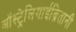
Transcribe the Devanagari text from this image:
ऑस्ट्रेलियाईब्रितानी